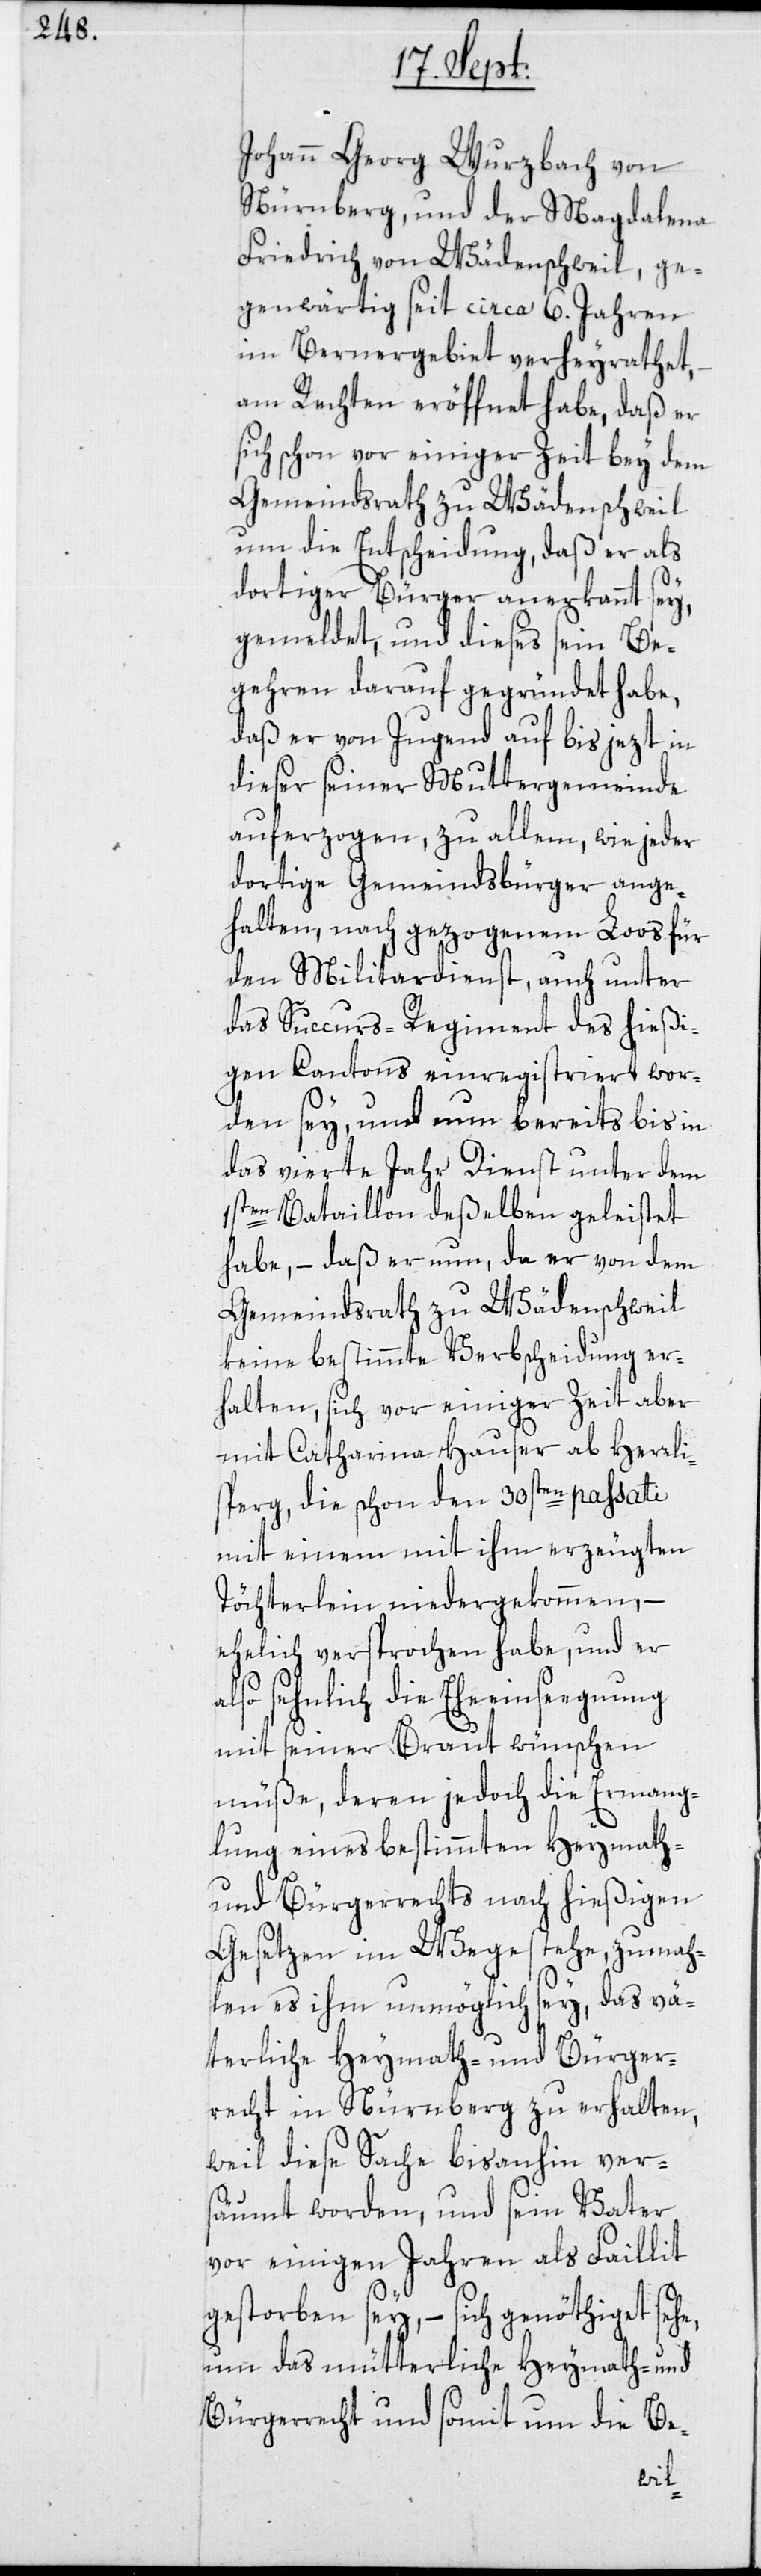
Johann Georg Wurzbach von
Nürnberg, und der Magdalena
Friedrich von Wädenschweil, ge¬
genwärtig seit circa 6. Jahren
im Bernergebiet verheyrathet,
am Rechten eröffnet habe, daß er
sich schon vor einiger Zeit bey dem
Gemeindsrath zu Wädenschweil
um die Entscheidung, daß er als
dortiger Bürger anerkannt sey,
gemeldet, und dieses sein Be¬
gehren darauf gegründet habe,
daß er von Jugend auf bis jezt in
dieser seiner Muttergemeinde
auferzogen, zu allem, wie jeder
dortige Gemeindsbürger ange¬
halten, nach gezogenem Loos für
den Militardienst, auch unter
das Succurs-Regiment des hießi¬
gen Cantons einregistriert wor¬
den sey, und nun bereits bis in
das vierte Jahr Dienst unter dem
1sten Bataillon deßelben geleistet
habe, – daß er nun, da er von dem
Gemeindrath zu Wädenschweil
keine bestimmte Verbscheidung er¬
halten, sich vor einiger Zeit aber
mit Catharina Hauser ab Herrli¬
sperg, die schon den 30sten passati
mit einem mit ihm erzeugten
Töchterlein niedergekommen, –
ehelich versprochen habe, und er
also sehnlich die Eheeinseegnung
mit seiner Braut wünschen
müße, deren jedoch die Ermang¬
lung eines bestimmten Heymath-
und Bürgerrechts nach hießigen
Gesetzen im Wege stehe, zumah¬
len es ihm unmöglich sey, das vä¬
terliche Heymath- und Bürger¬
recht in Nürnberg zu erhalten,
weil diese Sache bisanhin ver¬
säumt worden, und sein Vater
vor einigen Jahren als Faillit
gestorben sey, – sich genöthiget sehe,
um das mütterliche Heymath- und
Bürgerrecht und somit um die Be-